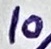
Text: 10